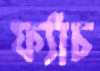
ফ্যাঁচ